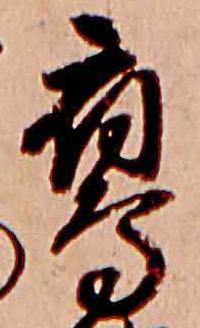
鷹